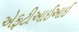
એફટીઆઈઆઈ